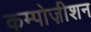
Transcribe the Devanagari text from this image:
कम्पोज़ीशन